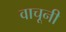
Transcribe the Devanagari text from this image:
वाचूनी